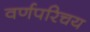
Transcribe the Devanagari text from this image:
वर्णपरिचय